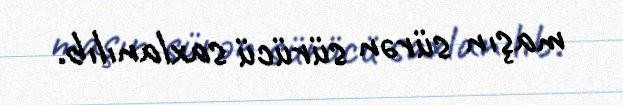
maşın sürən sürücü saxlanılıb.